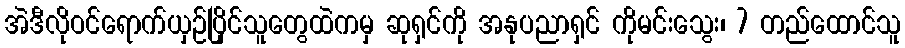
အဲဒီလိုဝင်ရောက်ယှဉ်ပြိုင်သူတွေထဲကမှ ဆုရှင်ကို အနုပညာရှင် ကိုမင်းသွေး၊ 7 တည်ထောင်သူ